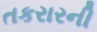
તકરારની